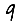
Digit: 9